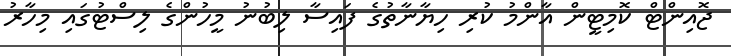
ޖޮއިންޓް ކޮމިޓީން އާންމު ކުރި ހިޔާނާތުގެ ފައިސާ ލިބުނު މީހުންގެ ލިސްޓުގައި މިހާރު